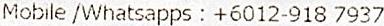
MOBILE /WHATSAPPS : +6012-918 7937